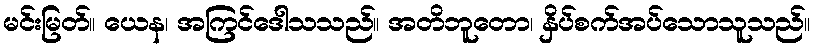
မင်းမြတ်။ ယေန၊ အကြင်ဒေါသသည်။ အတိဘူတော၊ နှိပ်စက်အပ်သောသူသည်။